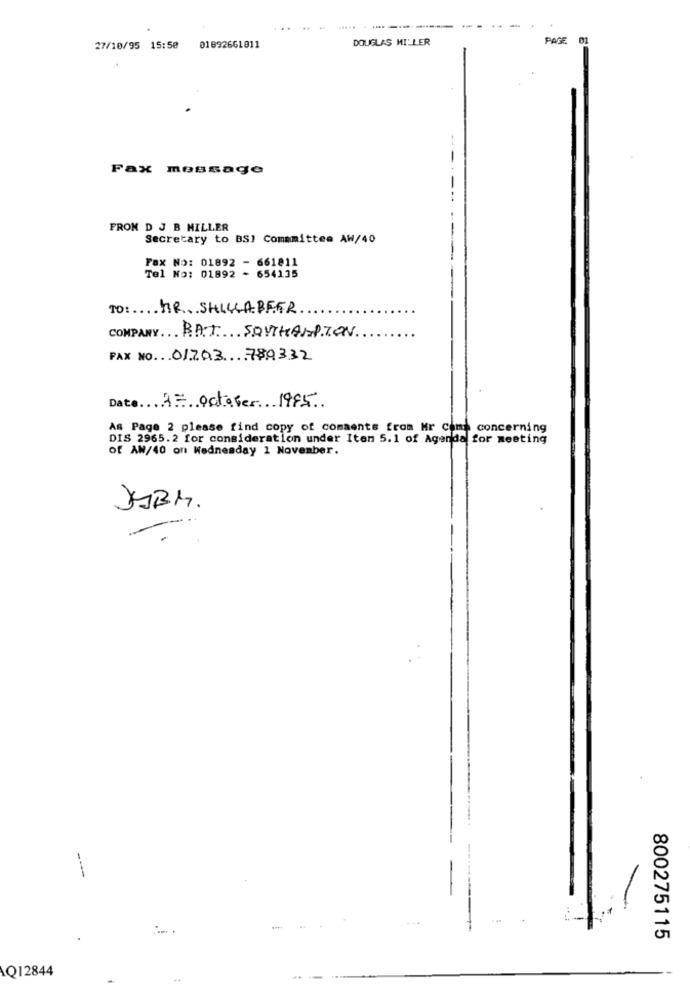
DOUGLAS MILLER
PAGE
27/10/95 15:50
01892661811
--
-
Fax message
FROM D J B MILLER
Secretary to BSI Comamittea AW/40
Fax No: 01892 - 661811
Tel No: 01892 - 654135
TO:HR SHILLABEER
COMPANY BAT SOUTHAMPTON
FAX NO. 01703 789332
Date 17 october 1995
As Page 2 please find copy of comments from Mr Come concerning
DIS 2965.2 for consideration under Iten 5.1 of Agenda for meeting
of AW/40 on Wednesday 1 November.
JABM.
--
800275115
AQ12844